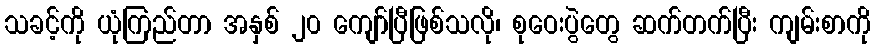
သခင့်ကို ယုံကြည်တာ အနှစ် ၂၀ ကျော်ပြီဖြစ်သလို၊ စုဝေးပွဲတွေ ဆက်တက်ပြီး ကျမ်းစာကို